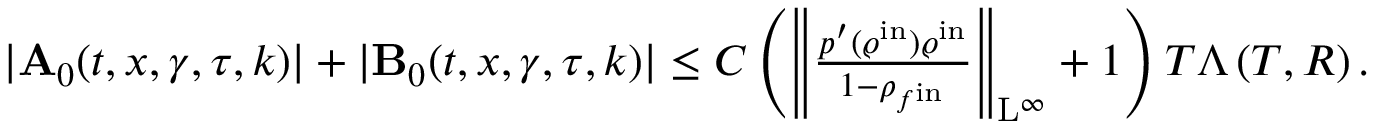
\begin{array} { r } { \vert \mathbf { A } _ { 0 } ( t , x , \gamma , \tau , k ) \vert + \vert \mathbf { B } _ { 0 } ( t , x , \gamma , \tau , k ) \vert \leq C \left( \left\Vert \frac { p ^ { \prime } ( \varrho ^ { \mathrm { i n } } ) \varrho ^ { \mathrm { i n } } } { 1 - \rho _ { f ^ { \mathrm { i n } } } } \right\Vert _ { \mathrm { L } ^ { \infty } } + 1 \right) T \Lambda \left( T , R \right) . } \end{array}